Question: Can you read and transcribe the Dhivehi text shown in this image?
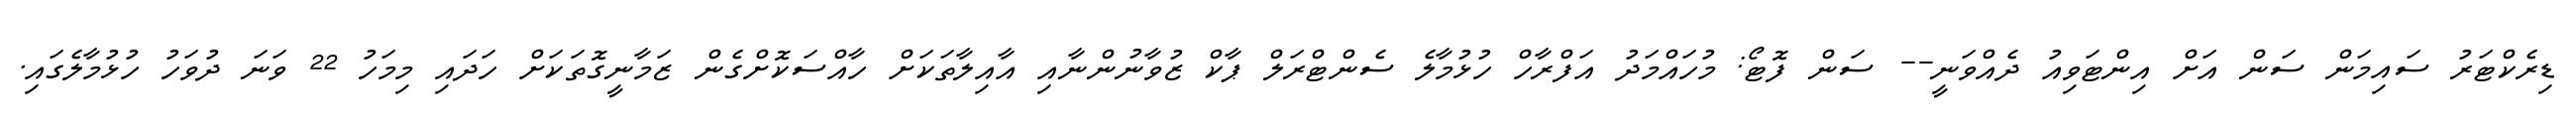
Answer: ޑިރެކްޓަރު ސައިމަން ސަން އަށް އިންޓަވިއު ދެއްވަނީ-- ސަން ފޮޓޯ: މުހައްމަދު އަފްރާހް ހުޅުމާލެ ސެންޓްރަލް ޕާކް ޒުވާނުންނާއި އާއިލާތަކަށް ހާއްސަކޮށްގެން ޒަމާނީގޮތަކަށް ހަދައި މިމަހު 22 ވަނަ ދުވަހު ހުޅުމާލެގައި.